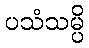
ပသံသမ္ပိ